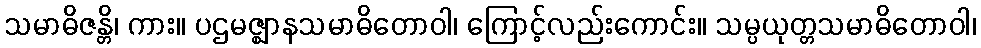
သမာဓိဇန္တိ၊ ကား။ ပဌမဇ္ဈာနသမာဓိတောဝါ၊ ကြောင့်လည်းကောင်း။ သမ္ပယုတ္တသမာဓိတောဝါ၊